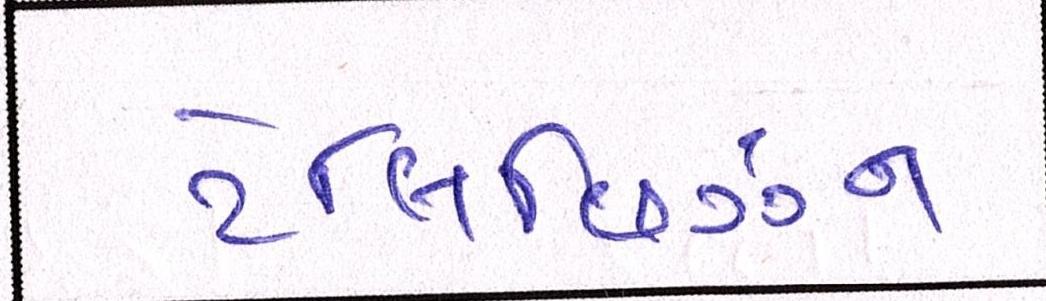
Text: ટેલિવિઝન